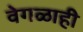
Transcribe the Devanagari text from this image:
वेगळाही